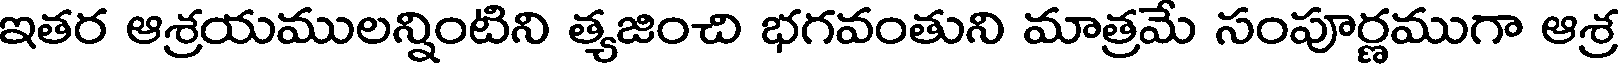
ఇతర ఆశ్రయములన్నింటిని త్యజించి భగవంతుని మాత్రమే సంపూర్ణముగా ఆశ్ర